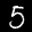
Label: 5